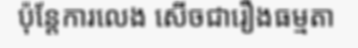
ប៉ុន្តែការលេង សើចជារឿងធម្មតា